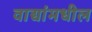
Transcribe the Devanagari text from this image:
वाद्यांमधील